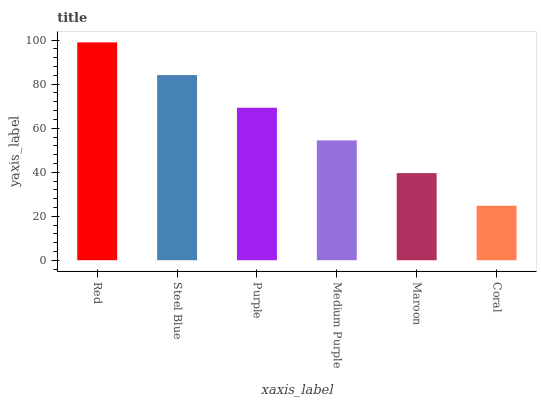
| xaxis_label | bars |
 | --- | --- |
 | Red | 99 |
 | Steel Blue | 84.2 |
 | Purple | 69.3 |
 | Medium Purple | 54.5 |
 | Maroon | 39.6 |
 | Coral | 24.8 |